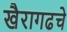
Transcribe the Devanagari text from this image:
खैरागढचे